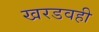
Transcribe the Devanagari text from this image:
खरडवही